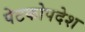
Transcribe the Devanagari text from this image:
पेटकोपदेश